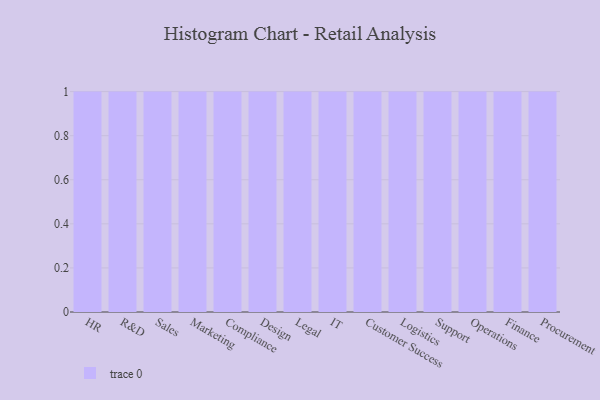
{"axis": {"x": "Department", "y": "Waste Production (Tons)"}, "legend": [""], "data": [{"x": "HR", "y": 78, "type": ""}, {"x": "R&D", "y": 45, "type": ""}, {"x": "Sales", "y": 24, "type": ""}, {"x": "Marketing", "y": 93, "type": ""}, {"x": "Compliance", "y": 65, "type": ""}, {"x": "Design", "y": 9, "type": ""}, {"x": "Legal", "y": 74, "type": ""}, {"x": "IT", "y": 4, "type": ""}, {"x": "Customer Success", "y": 72, "type": ""}, {"x": "Logistics", "y": 11, "type": ""}, {"x": "Support", "y": 4, "type": ""}, {"x": "Operations", "y": 16, "type": ""}, {"x": "Finance", "y": 28, "type": ""}, {"x": "Procurement", "y": 62, "type": ""}]}